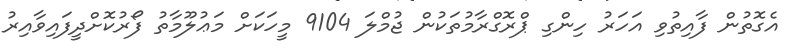
އެގޮތުން ފާއިތުވި އަހަރު ހިންގި ޕްރޮގްރާމުތަކުން ޖުމްލަ 9104 މީހަކަށް މަޢުލޫމާތު ފޯރުކޮށްދީފައިވާއިރު